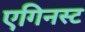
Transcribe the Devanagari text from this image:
एगिनस्ट